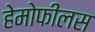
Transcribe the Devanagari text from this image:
हेमोफीलस